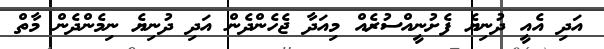
އަދި އެއީ ދުނިޔެ ފެށުނީއްސުރެއް މިއަދާ ޖެހެންދެން އަދި ދުނިޔެ ނިމެންދެން މާތް